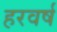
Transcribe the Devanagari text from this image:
हरवर्ष